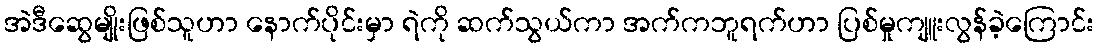
အဲဒီဆွေမျိုးဖြစ်သူဟာ နောက်ပိုင်းမှာ ရဲကို ဆက်သွယ်ကာ အက်ကဘူရက်ဟာ ပြစ်မှုကျူးလွန်ခဲ့ကြောင်း